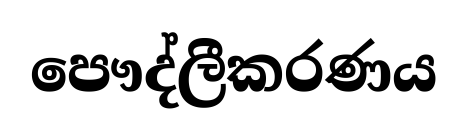
පෞද්ලීකරණය